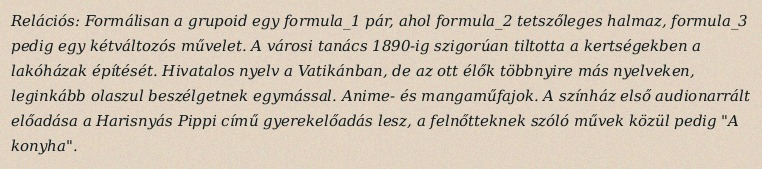
Relációs: Formálisan a grupoid egy formula_1 pár, ahol formula_2 tetszőleges halmaz, formula_3 pedig egy kétváltozós művelet. A városi tanács 1890-ig szigorúan tiltotta a kertségekben a lakóházak építését. Hivatalos nyelv a Vatikánban, de az ott élők többnyire más nyelveken, leginkább olaszul beszélgetnek egymással. Anime- és mangaműfajok. A színház első audionarrált előadása a Harisnyás Pippi című gyerekelőadás lesz, a felnőtteknek szóló művek közül pedig "A konyha".